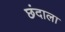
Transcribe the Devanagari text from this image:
छंदाला